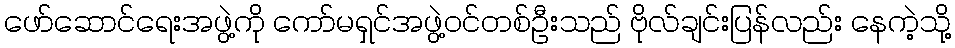
ဖော်ဆောင်ရေးအဖွဲ့ကို ကော်မရှင်အဖွဲ့ဝင်တစ်ဦးသည် ဗိုလ်ချင်းပြန်လည်း နေကဲ့သို့